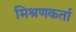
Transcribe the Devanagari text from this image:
मिश्रणकर्ता